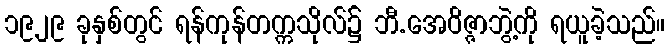
၁၉၂၉ ခုနှစ်တွင် ရန်ကုန်တက္ကသိုလ်၌ ဘီ.အေဝိဇ္ဇာဘွဲ့ကို ရယူခဲ့သည်။